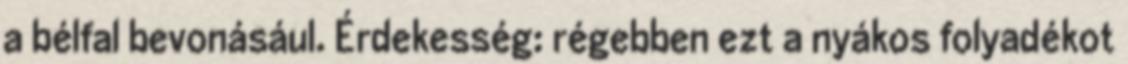
a bélfal bevonásául. Érdekesség: régebben ezt a nyákos folyadékot